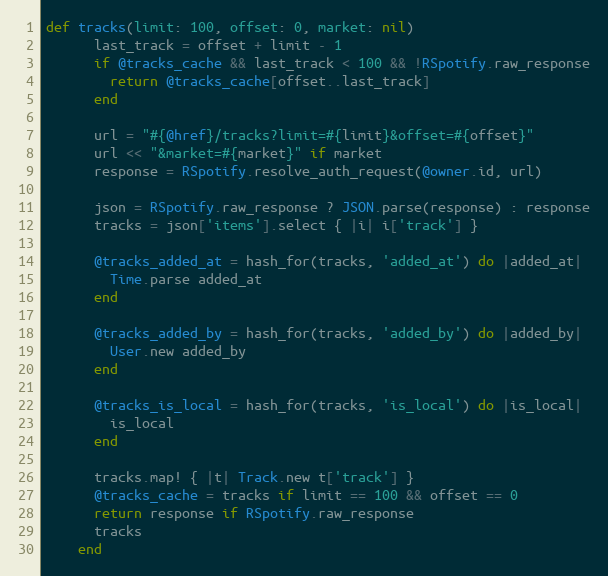
Language: Ruby
def tracks(limit: 100, offset: 0, market: nil)
      last_track = offset + limit - 1
      if @tracks_cache && last_track < 100 && !RSpotify.raw_response
        return @tracks_cache[offset..last_track]
      end

      url = "#{@href}/tracks?limit=#{limit}&offset=#{offset}"
      url << "&market=#{market}" if market
      response = RSpotify.resolve_auth_request(@owner.id, url)

      json = RSpotify.raw_response ? JSON.parse(response) : response
      tracks = json['items'].select { |i| i['track'] }

      @tracks_added_at = hash_for(tracks, 'added_at') do |added_at|
        Time.parse added_at
      end

      @tracks_added_by = hash_for(tracks, 'added_by') do |added_by|
        User.new added_by
      end

      @tracks_is_local = hash_for(tracks, 'is_local') do |is_local|
        is_local
      end

      tracks.map! { |t| Track.new t['track'] }
      @tracks_cache = tracks if limit == 100 && offset == 0
      return response if RSpotify.raw_response
      tracks
    end